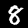
Digit: 8